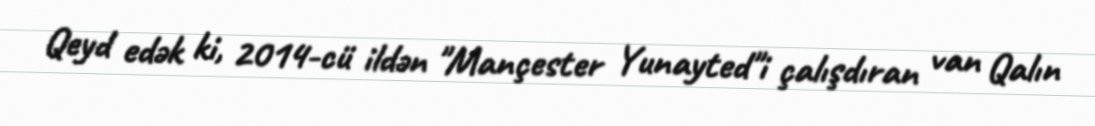
Qeyd edək ki, 2014-cü ildən "Mançester Yunayted"i çalışdıran van Qalın